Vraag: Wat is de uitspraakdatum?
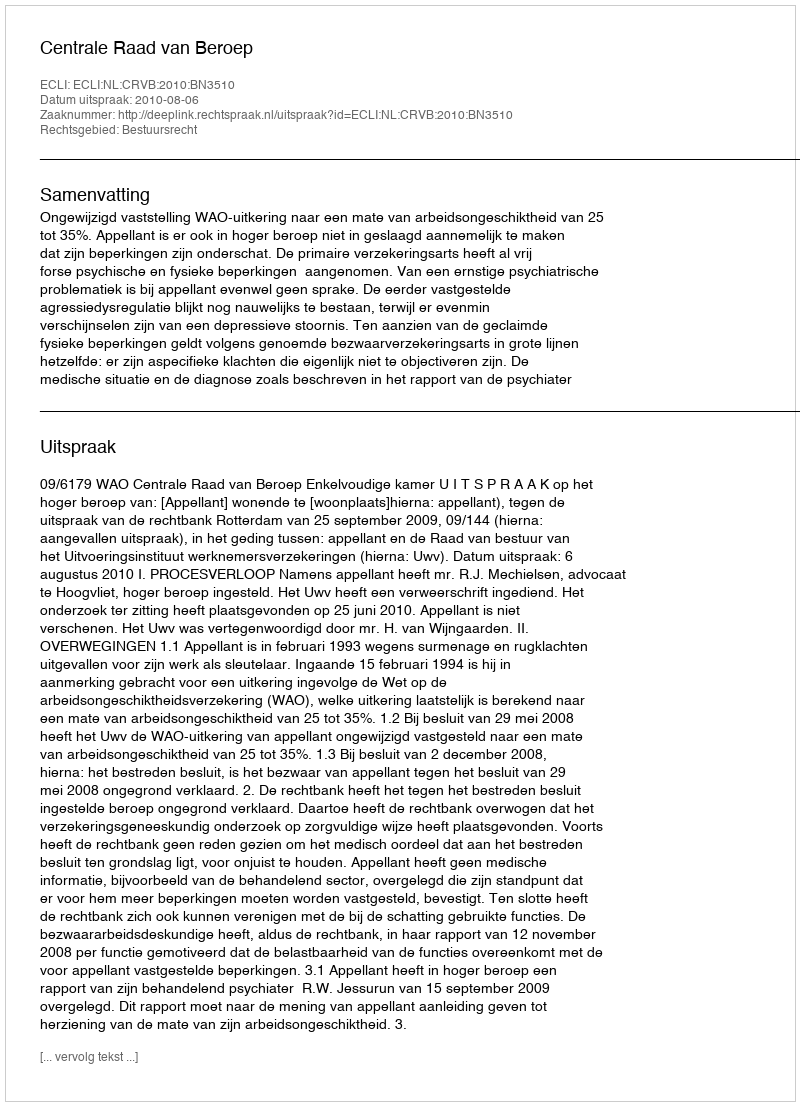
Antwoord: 2010-08-06